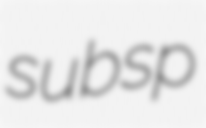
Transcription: subsp